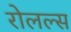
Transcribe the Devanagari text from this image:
रोलल्स